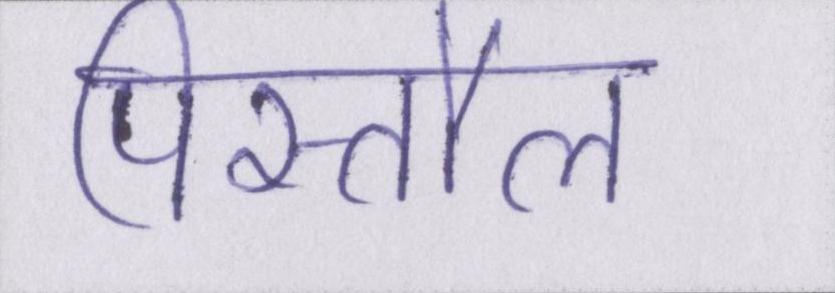
पिस्तौल